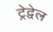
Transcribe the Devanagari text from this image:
ट्रेद्वेल